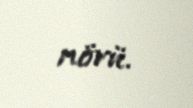
növü.